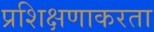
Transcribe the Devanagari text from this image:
प्रशिक्षणाकरता